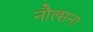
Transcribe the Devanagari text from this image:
नौल्सना